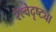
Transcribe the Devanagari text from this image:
रेल्वेदृष्ट्या